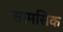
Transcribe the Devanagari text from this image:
सामसिक